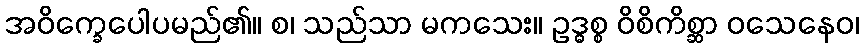
အဝိက္ခေပေါပမည်၏။ စ၊ သည်သာ မကသေး။ ဥဒ္ဓစ္စ ဝိစိကိစ္ဆာ ဝသေနေဝ၊